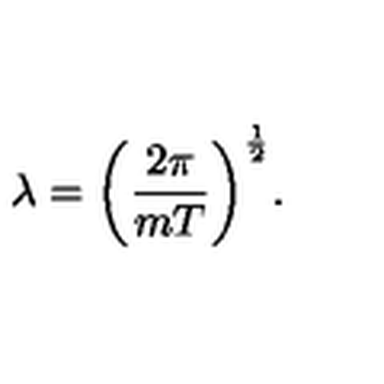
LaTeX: \lambda = \biggl ( { \frac { 2 \pi } { m T } } \biggr ) ^ { \frac { 1 } { 2 } } .